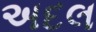
અદલ